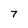
Character: 7